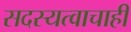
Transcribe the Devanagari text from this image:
सदस्यत्वाचाही